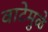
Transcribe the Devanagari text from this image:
वाटेमुळे